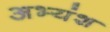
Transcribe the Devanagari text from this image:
अभ्यंश